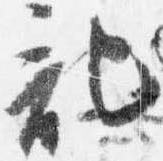
記